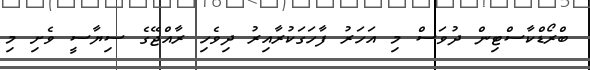
ބްރޯޑްކާސްޓިން ދުވަސް މި އަހަރު ފާހަގަކުރާއިރު ދިވެހި ރާއްޖޭގެ ސިޔާސީ ވެށި މި